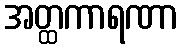
အတ္ထကာရဏာ